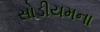
સોડીયમના